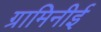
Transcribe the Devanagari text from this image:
ग्रामिनीई